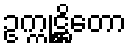
ဥက္ကုဋ္ဌိတော